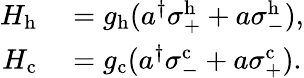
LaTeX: \begin{array}{rl}{H_{\mathrm{h}}}&{{}=g_{\mathrm{h}}(a^{\dagger}\sigma_{+}^{\mathrm{h}}+a\sigma_{-}^{\mathrm{h}}),}\\ {H_{\mathrm{c}}}&{{}=g_{\mathrm{c}}(a^{\dagger}\sigma_{-}^{\mathrm{c}}+a\sigma_{+}^{\mathrm{c}}).}\end{array}